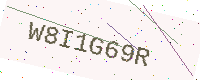
Text: W8I1G69R